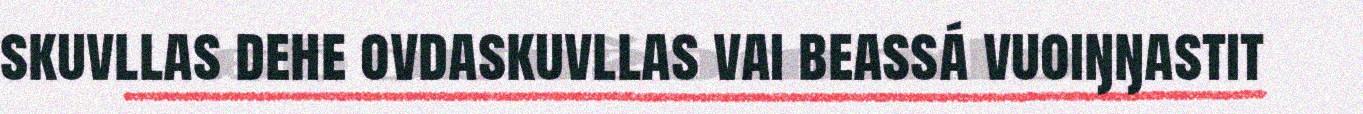
skuvllas dehe ovdaskuvllas vai beassá vuoiŋŋastit